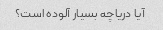
آیا دریاچه بسیار آلوده است؟